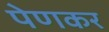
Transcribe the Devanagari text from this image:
पेणकर